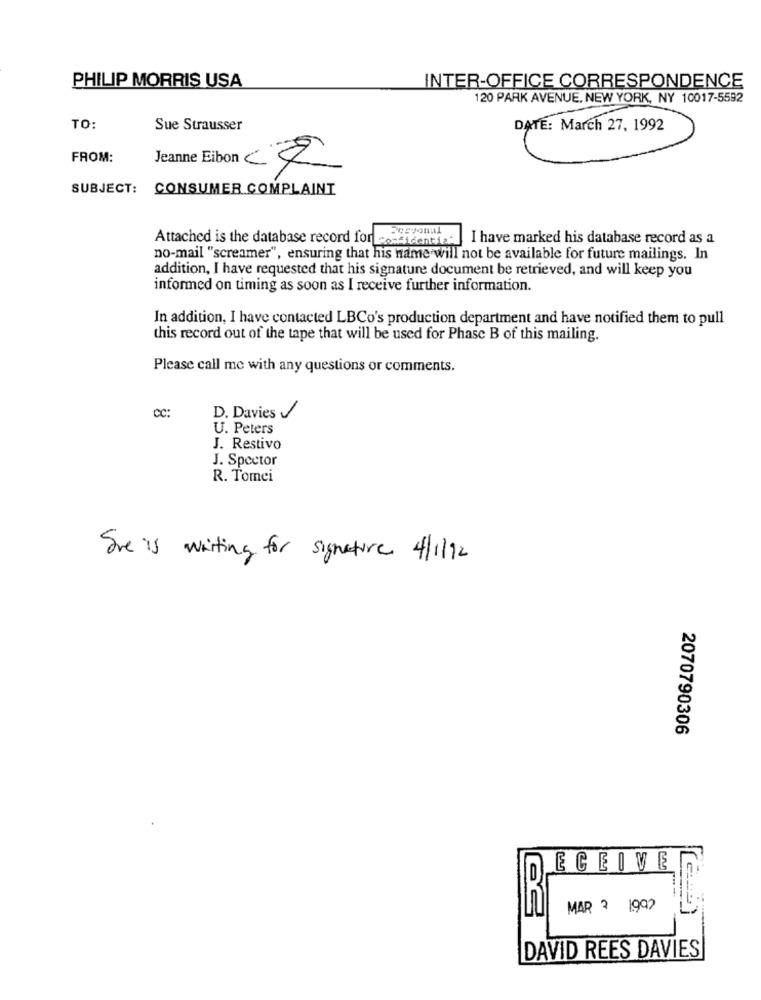
INTER-OFFICE CORRESPONDENCE
PHILIP MORRIS USA
120 PARK AVENUE, NEW YORK, NY 10017-5592
TO:
Sue Strausser
DATE: March 27, 1992
FROM:
Jeanne Eibon CZ
SUBJECT: CONSUMER COMPLAINT
Desvonal
Attached is the database record for co-4identia"
I have marked his database record as a
no-mail "screamer", ensuring that his name will not be available for future mailings. In
addition, I have requested that his signature document be retrieved, and will keep you
informed on timing as soon as I receive further information.
In addition, I have contacted LBCo's production department and have notified them to pull
this record out of the tape that will be used for Phase B of this mailing.
Please call me with any questions or comments.
CC:
D. Davies
U. Peters
J. Restivo
J. Spector
R. Tomei
Sve is waiting for signature 4/1/92
2070790306
ECEIVE
MAR 2 1.992
DAVID REES DAVIES